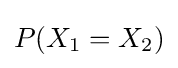
P(X_{1}=X_{2})